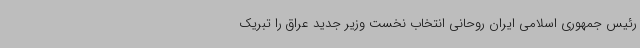
رئیس جمهوری اسلامی ایران روحانی انتخاب نخست وزیر جدید عراق را تبریک